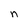
Character: n